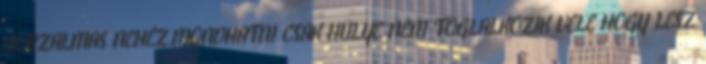
BORZALMAS NEHÉZ.MONDHATNI CSAK HÜLYE NEM FOGLALKOZIK VELE HOGY LESZ